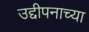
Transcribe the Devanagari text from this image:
उद्दीपनाच्या